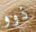
ذوو